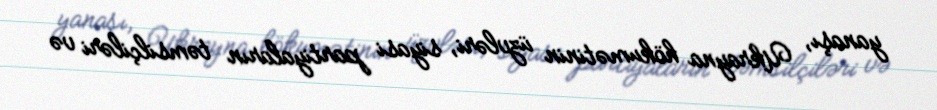
yanaşı, Ukrayna hökumətinin üzvləri, siyasi partiyaların təmsilçiləri və